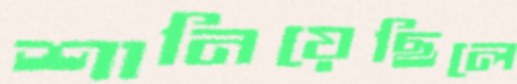
শানিয়েছিলে